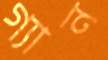
গ্যান